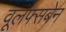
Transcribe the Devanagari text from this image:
वूलफ्सबेन